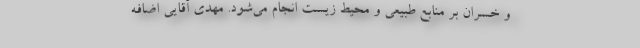
و خسران بر منابع طبیعی و محیط زیست انجام می‌شود. مهدی آقایی اضافه